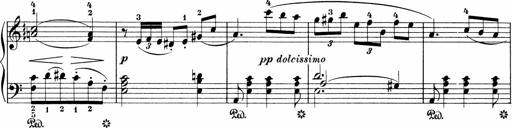
Title: Sonatinen Op.47, 98 und 136, nebst 6 Liedersonatinen
Composer: Carl Reinecke